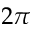
2 \pi